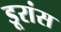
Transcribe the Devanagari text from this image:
डूरांस